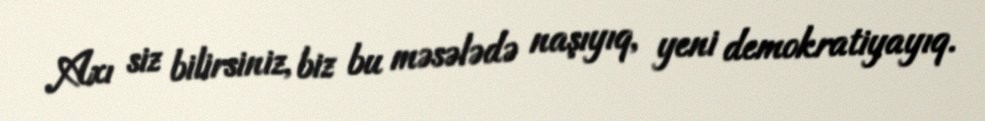
Axı siz bilirsiniz, biz bu məsələdə naşıyıq, yeni demokratiyayıq.